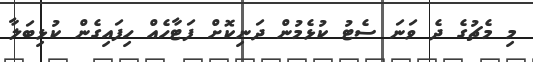
މި މެޗުގެ ދެ ވަނަ ސެޓު ކުޅެމުން ދަނިކޮށް ފަޓާހެއް ހިފައިގެން ކުޅިބަލާ